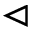
\vartriangleleft